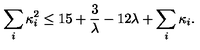
\sum _ { i } \kappa _ { i } ^ { 2 } \leq 1 5 + { \frac { 3 } { \lambda } } - 1 2 \lambda + \sum _ { i } \kappa _ { i } .